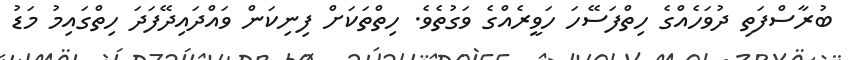
ބުރާސްފަތި ދުވަހެއްގެ ހިތްފަސޭހަ ހަވީރެއްގެ ވަގުތެވެ. ހިތްތަކަށް ފިނިކަން ވައްދައިދޭފަދަ ހިތްގައިމު މަޑު